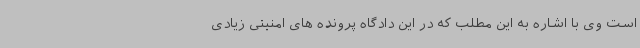
است وی با اشاره به این مطلب که در این دادگاه پرونده های امنیتی زیادی